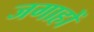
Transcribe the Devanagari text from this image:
जगाहों